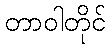
တာဝါတိုင်